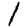
Digit: 1